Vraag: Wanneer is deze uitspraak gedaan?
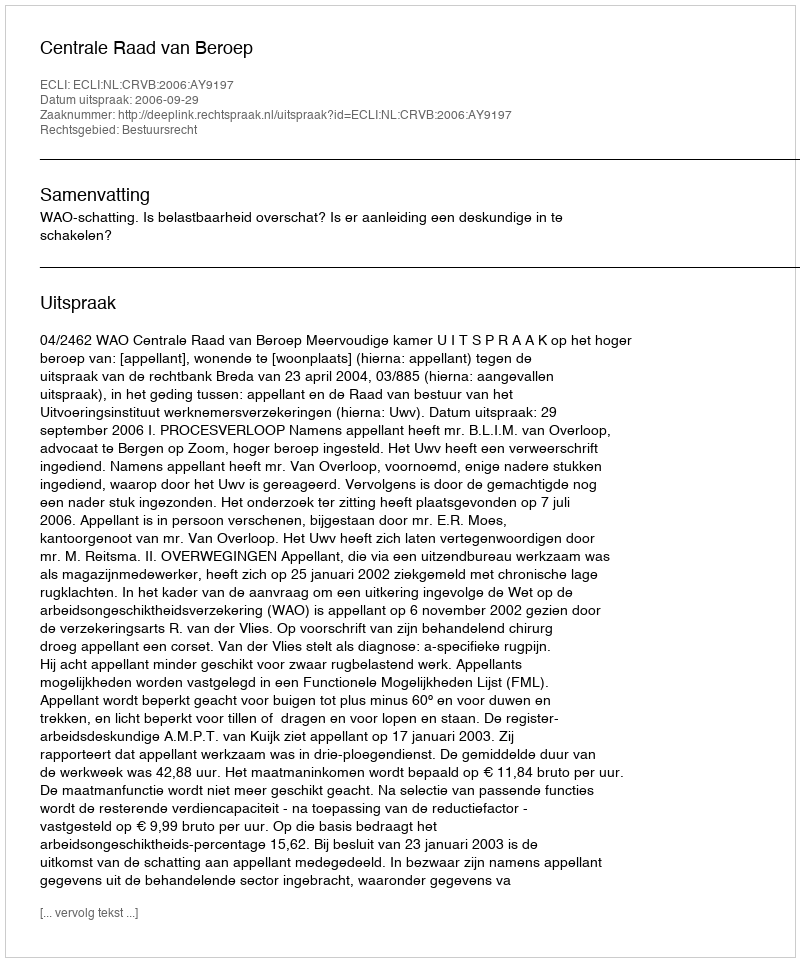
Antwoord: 2006-09-29